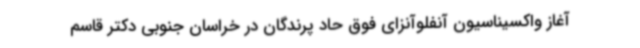
آغاز واکسیناسیون آنفلوآنزای فوق حاد پرندگان در خراسان جنوبی دکتر قاسم